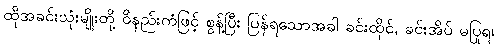
ထိုအခင်းသုံးမျိုးတို့ ဝိနည်းကံဖြင့် စွန့်ပြီး ပြန်ရသောအခါ ခင်းထိုင်, ခင်းအိပ် မပြုရ၊